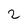
Character: 2